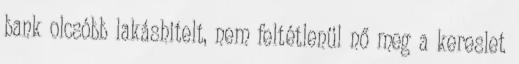
bank olcsóbb lakáshitelt, nem feltétlenül nő meg a kereslet